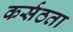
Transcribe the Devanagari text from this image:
कर्सठता